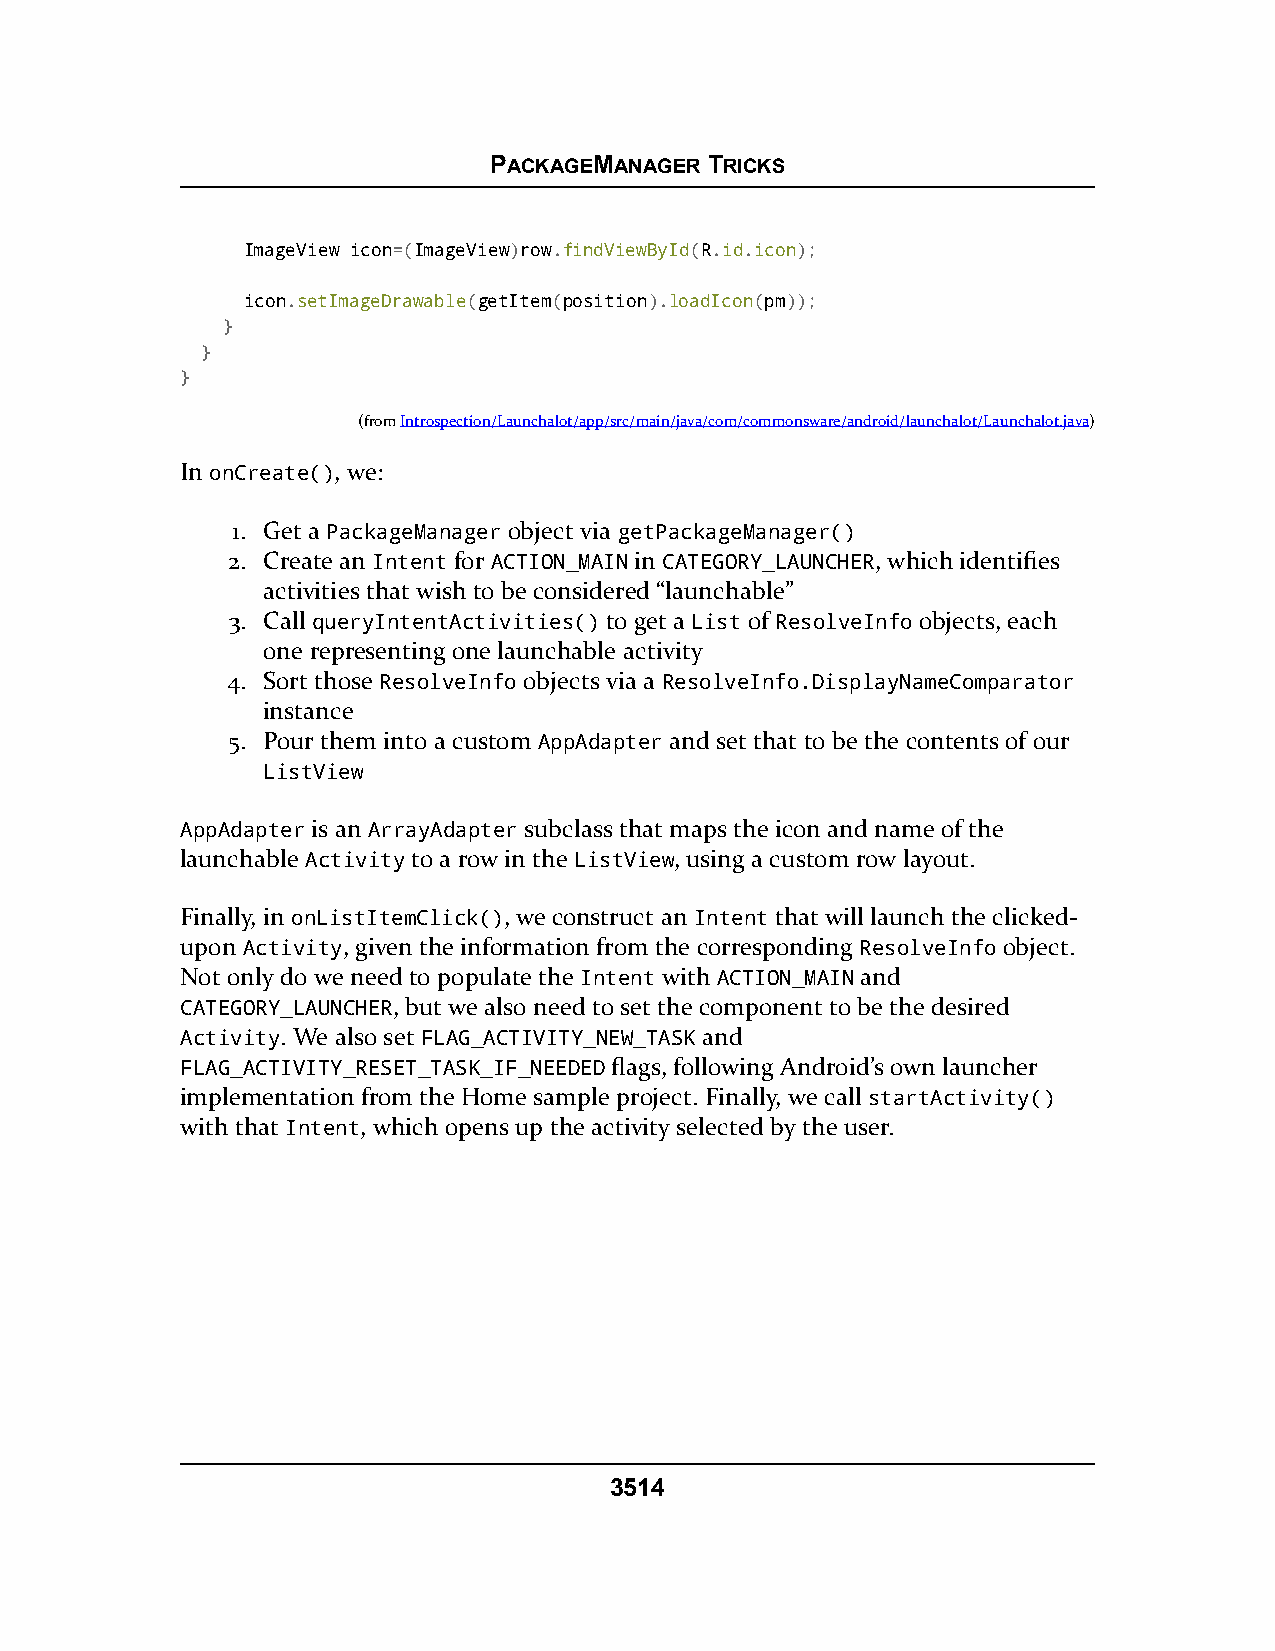
PACKAGEMANAGER TRICKS
 ImageView icon=(ImageView)row.findViewById(R.id.icon);
 icon.setImageDrawable(getItem(position).loadIcon(pm));
 }
 }
 }
 (fromIntrospection/Launchalot/app/src/main/java/com/commonsware/android/launchalot/Launchalot.java)
 In onCreate(), we:
 1. Get a PackageManager object via getPackageManager()
 2. Create an Intent for ACTION_MAIN in CATEGORY_LAUNCHER, which identifies
 activities that wish to be considered “launchable”
 3. Call queryIntentActivities() to get a List of ResolveInfo objects, each
 one representing one launchable activity
 4. Sort those ResolveInfo objects via a ResolveInfo.DisplayNameComparator
 instance
 5. Pour them into a custom AppAdapter and set that to be the contents of our
 ListView
 AppAdapter is an ArrayAdapter subclass that maps the icon and name of the
 launchable Activity to a row in the ListView, using a custom row layout.
 Finally, in onListItemClick(), we construct an Intent that will launch the clicked-
 upon Activity, given the information from the corresponding ResolveInfo object.
 Not only do we need to populate the Intent with ACTION_MAIN and
 CATEGORY_LAUNCHER, but we also need to set the component to be the desired
 Activity. We also set FLAG_ACTIVITY_NEW_TASK and
 FLAG_ACTIVITY_RESET_TASK_IF_NEEDED flags, following Android’s own launcher
 implementation from the Home sample project. Finally, we call startActivity()
 with that Intent, which opens up the activity selected by the user.
 3514